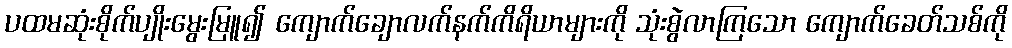
ပထမဆုံးစိုက်ပျိုးမွေးမြူ၍ ကျောက်ချောလက်နက်ကိရိယာများကို သုံးစွဲလာကြသော ကျောက်ခေတ်သစ်ကို